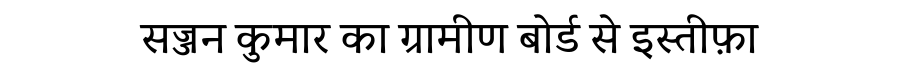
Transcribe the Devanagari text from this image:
सज्जन कुमार का ग्रामीण बोर्ड से इस्तीफ़ा